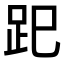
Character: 𧿆